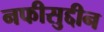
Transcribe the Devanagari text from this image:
नफीसुद्दीन